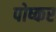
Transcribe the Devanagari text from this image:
पोष्कर